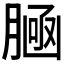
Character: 𰯀